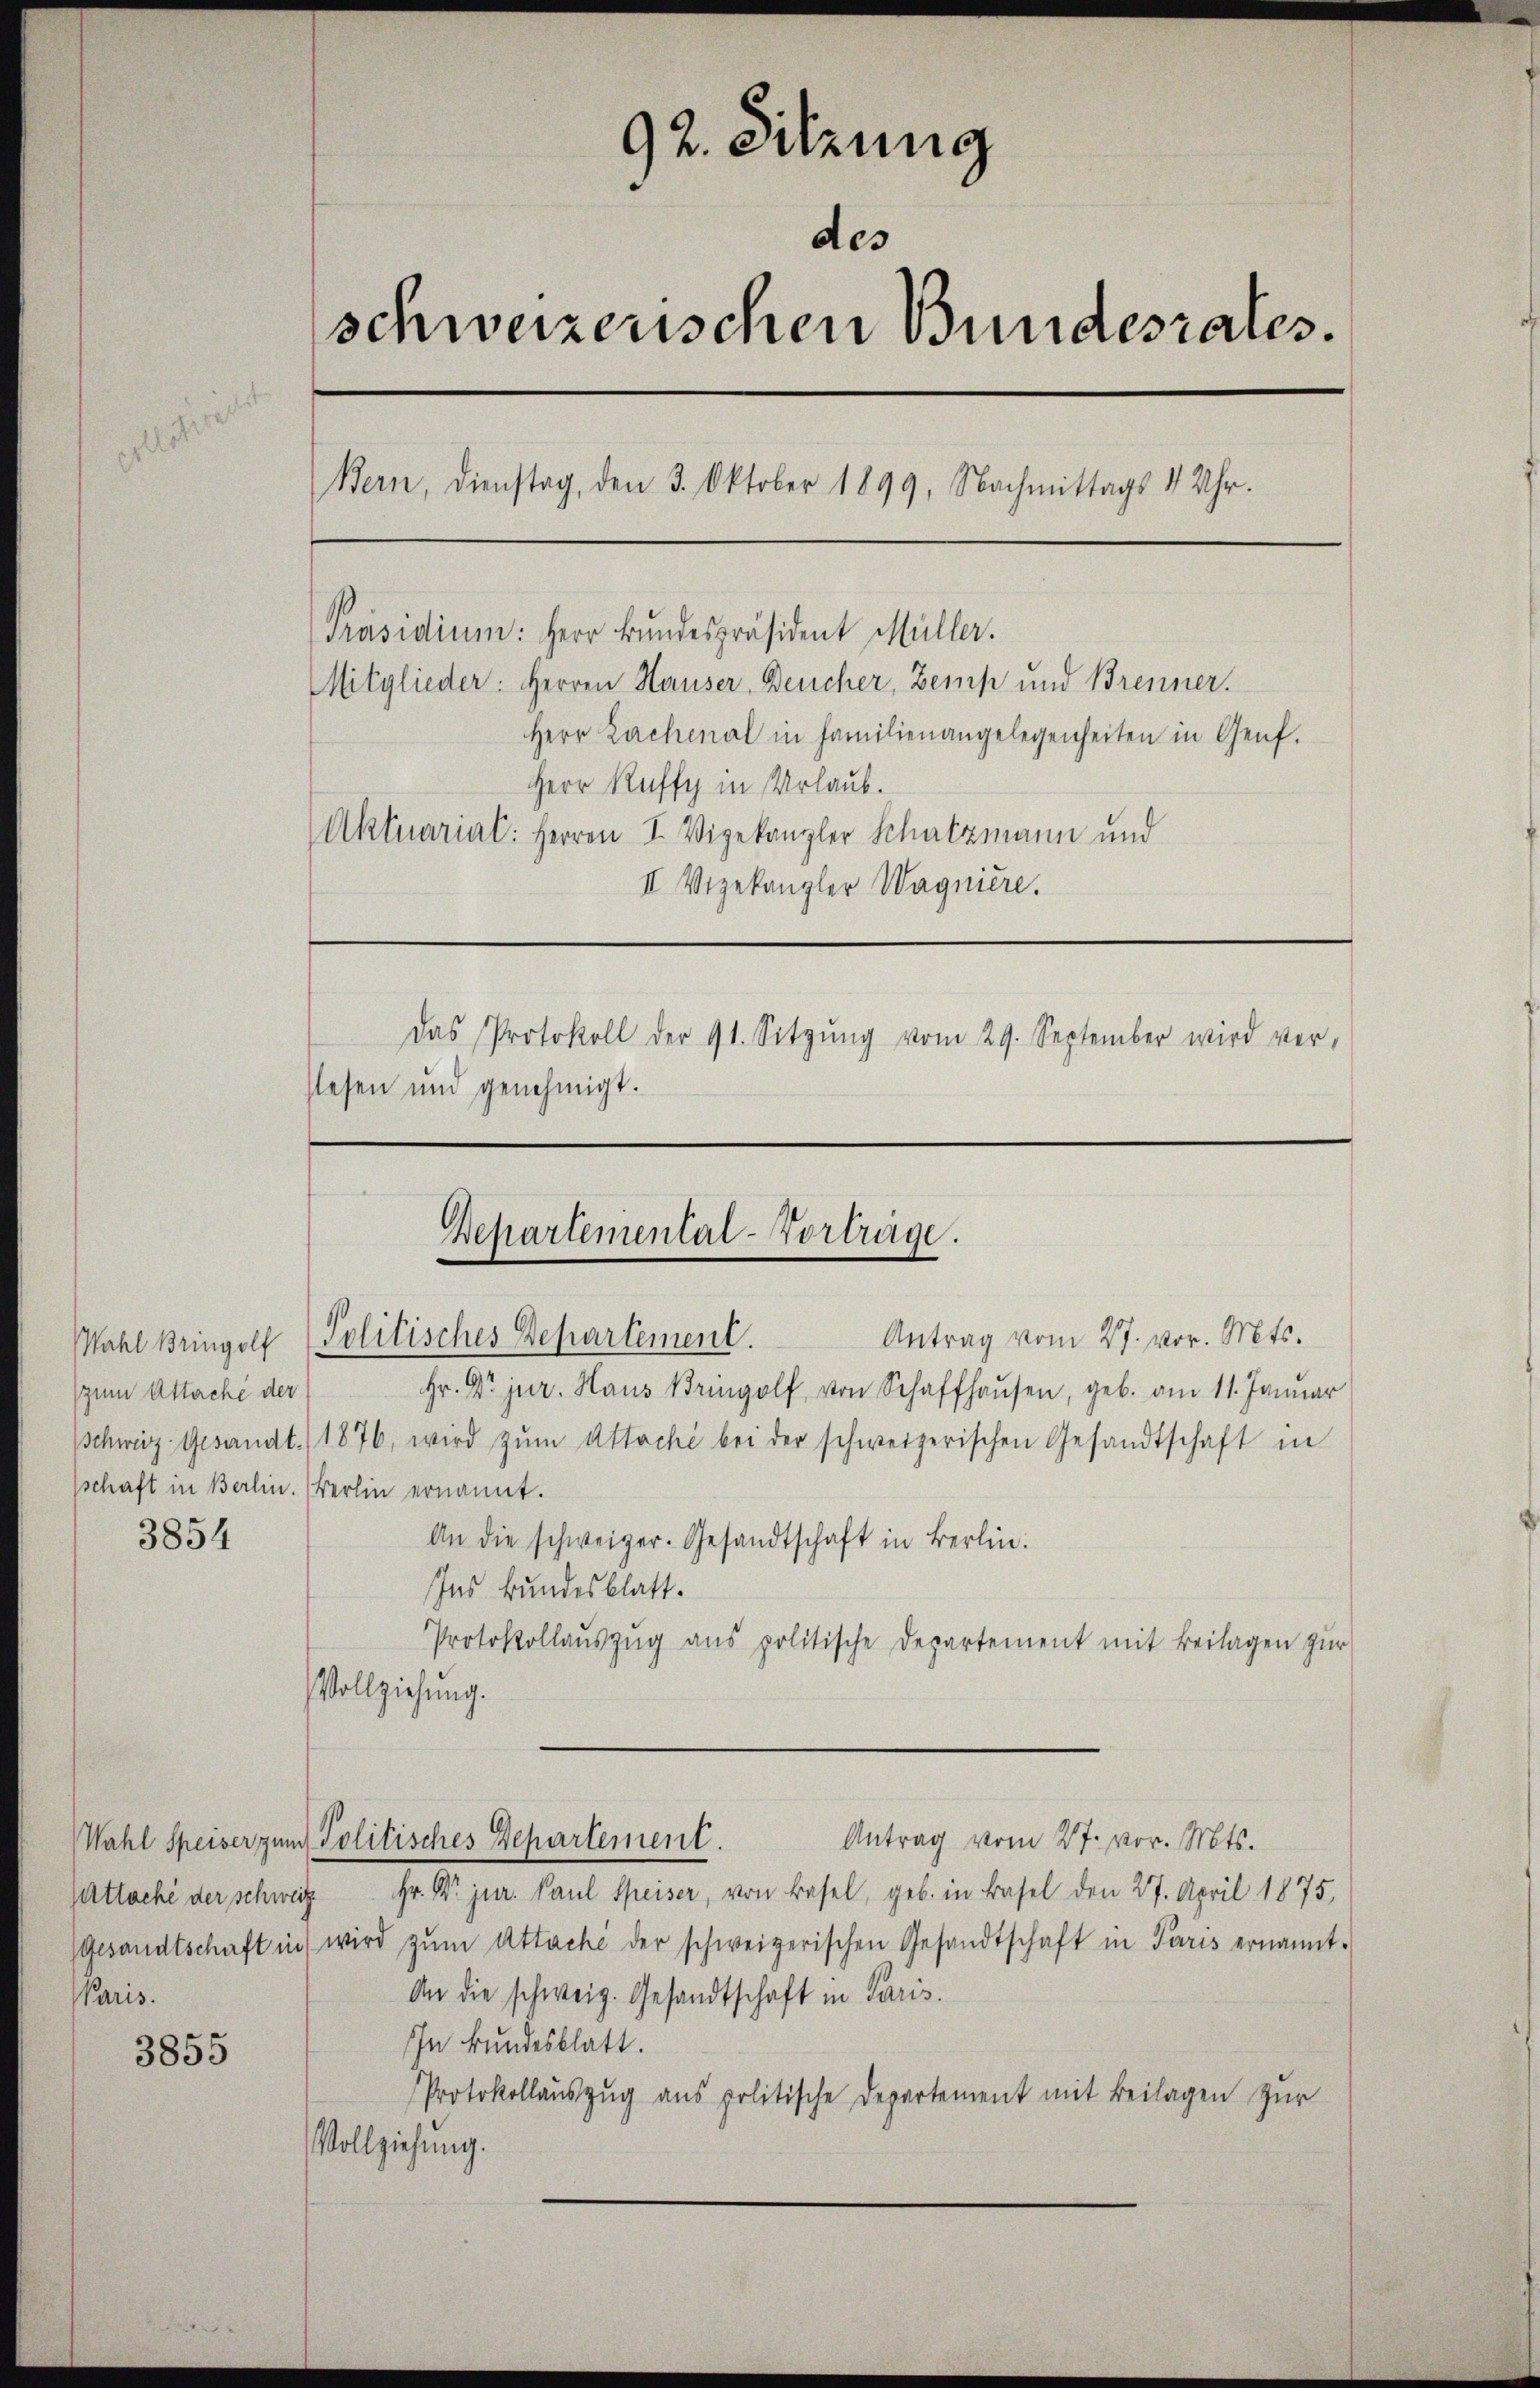
Wahl Bringolf
(zum Attache der
Schweiz Gesandt
schaft in Berlin.

3854

Wahl Speiser zum
Attache der Schweiz
Paris.

3855

92. Sitzung
des
schweizerischen Bundesrates.
Bern, Dienstag, den 3. Oktober 1899, Nachmittags 1 Uhr.
[Präsidium: Herr Bundespräsident Müller.
Mitglieder: Herren Hauser, Deucher, Zemp und Brenner.
Herr Zechenal in Familienangelegenheiten in Genf.
Herr Raffy in Urlaub.
Aktuarial: Herren I. Vizekanzler Schatzmann und
II Vizekanzler Wagniere.
Das Protokoll der 91. Sitzŭng vom 29. September wird ver-
slesen und genehmigt.

Bepartemental-Vorträge.

Politisches Departement.
Antrag vom 27. vor. Mts.
Hr. Dr jur. Haus Bringolf von Schaffhaŭsen, geb. am 11. Januar
1876, wird zŭm Attoche bei der schweizerischen Gesandtschaft in
Berlin ernannt.
An die schweizer. Gesandtschaft in Berlin.
Ins Bundesblatt.
Protokollaŭszŭg ans politische Departement mit Beilagen zur
Vollziehung.
Antrag vom 27. vor. Mts.
Politisches Departement.
Fr. Dr. jur. Paul Speiser, von Basel, geb. in Basel den 27. April 1875,
g
Gesandtschaft in wird zŭm Attaché der schweizerischen Gesandtschaft in Paris ernannt.
An die schweiz. Gesandtschaft in Paris.
IIn kundesblatt.
Protokollauszug aus politische Departement mit Beilagen zur
Vollziehung.